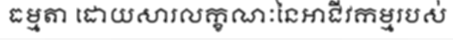
ធម្មតា ដោយសារលក្ខណៈនៃអាជីវកម្មរបស់